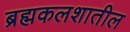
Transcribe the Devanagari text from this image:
ब्रह्मकलशातील